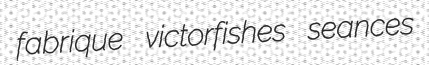
fabrique victorfishes seances